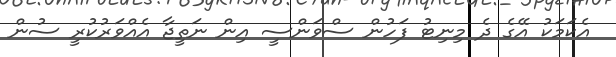
އެކަމަކު އޭގެ ދެ މިނިޓު ފަހުުން ސްވަންސީ އިން ނަތީޖާ އެއްވަރުކުރީ ސުން